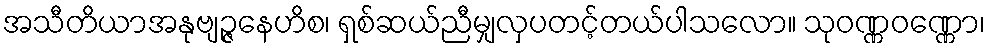
အသီတိယာအနုဗျဉ္ဇနေဟိစ၊ ရှစ်ဆယ်ညီမျှလှပတင့်တယ်ပါသလော။ သုဝဏ္ဏဝဏ္ဏော၊